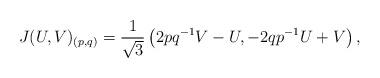
LaTeX: \begin{align*}J(U,V)_{(p,q)}=\frac{1}{\sqrt{3}}\left(2pq^{-1}V-U, -2qp^{-1}U+V\right),\end{align*}